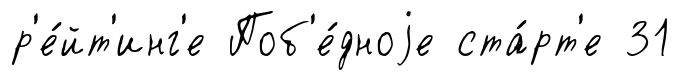
р'е́йт'инг'е Поб'е́дноjе ста́рт'е 31